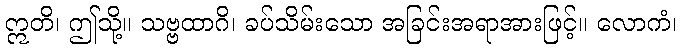
ဣတိ၊ ဤသို့။ သဗ္ဗထာဂိ၊ ခပ်သိမ်းသော အခြင်းအရာအားဖြင့်။ လောကံ၊